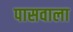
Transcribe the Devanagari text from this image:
पासवाला